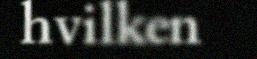
hvilken